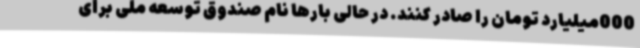
000میلیارد تومان را صادر کنند. در حالی بارها نام صندوق توسعه ملی برای